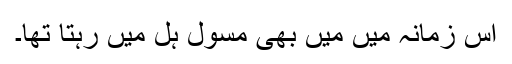
اس زمانہ میں میں بھی مسول ہل میں رہتا تھا۔